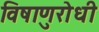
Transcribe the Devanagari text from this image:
विषाणुरोधी